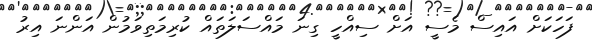
ފަހަކަށް އައިސް މެސީ އަށް ސިއްހީ ގިނަ މައްސަލަތައް ކުރިމަތިވަމުން އަންނަ އިރު